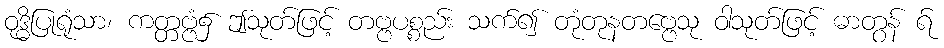
ဝုဒ္ဓိပြုရုံသာ၊ ကတ္တဗ္ဗံ၌ ဤသုတ်ဖြင့် တဗ္ဗပစ္စည်း သက်၍ တုံတုနတဗ္ဗေသု ဝါသုတ်ဖြင့် ဓာတွန် ရ်